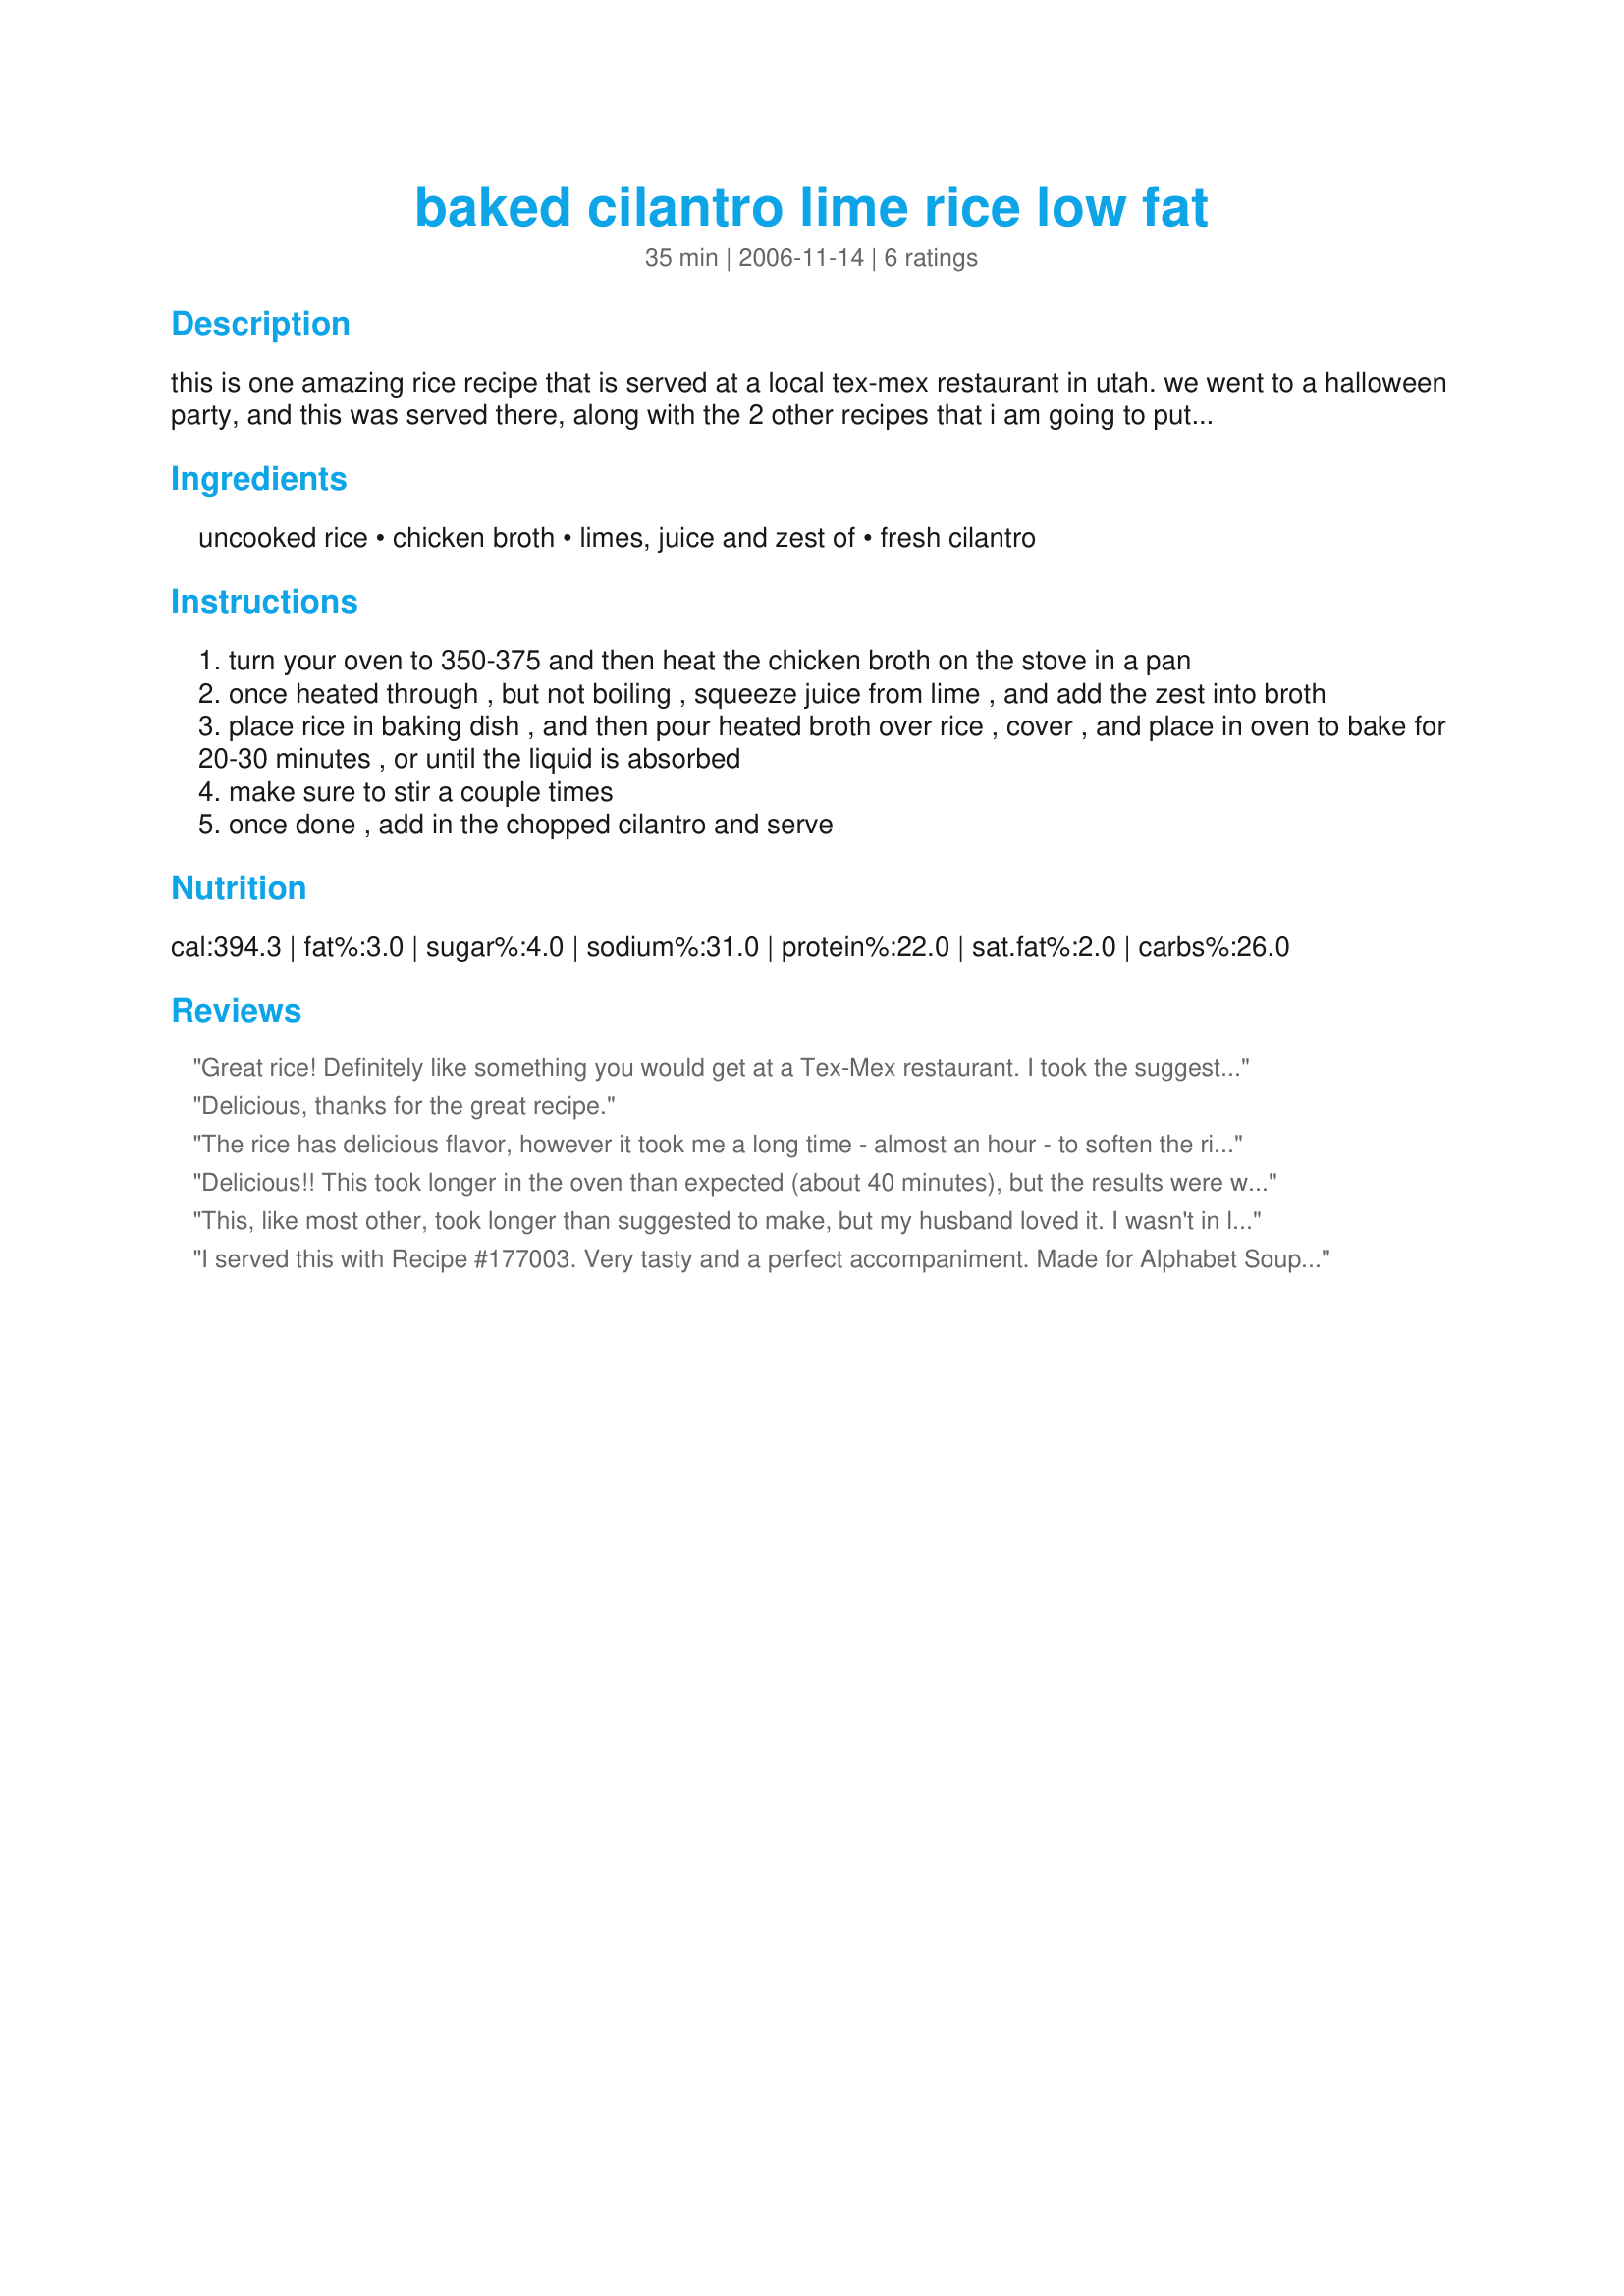
baked cilantro lime rice low fat
Preparation time: 35 minutes

this is one amazing rice recipe that is served at a local tex-mex restaurant in utah. we went to a halloween party, and this was served there, along with the 2 other recipes that i am going to put on here. i promise you will love this rice!

Ingredients:
uncooked rice, chicken broth, limes, juice and zest of, fresh cilantro

Steps:
turn your oven to 350-375 and then heat the chicken broth on the stove in a pan
once heated through , but not boiling , squeeze juice from lime , and add the zest into broth
place rice in baking dish , and then pour heated broth over rice , cover , and place in oven to bake for 20-30 minutes , or until the liquid is absorbed
make sure to stir a couple times
once done , add in the chopped cilantro and serve

Reviews:
Great rice! Definitely like something you would get at a Tex-Mex restaurant. I took the suggestion of parboiling it first and then sticking it in the oven... worked out nicely. I topped the rice with Recipe #287365, and the combo was amazing...I'll definitely be doing that again. Thanks for a keeper!
Delicious, thanks for the great recipe.
The rice has delicious flavor, however it took me a long time - almost an hour - to soften the rice in the oven. Next time I will parboil the rice and then finish in the oven. Thanks for a lovely recipe -- so much better than those seasoning packets in the grocery store!
Delicious!! This took longer in the oven than expected (about 40 minutes), but the results were well worth the wait. Thanks for sharing!
This, like most other, took longer than suggested to make, but my husband loved it. I wasn't in love with it, but ate it nonetheless. Maybe too much chicken broth, I think next time I will lessen that, but thanks for the recipe!
I served this with Recipe #177003. Very tasty and a perfect accompaniment. Made for Alphabet Soup Game. Thanks for posting Miss Diggy!
